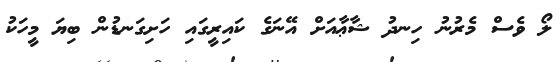
ލޯ ވެސް މެރުނު ހިނދު ޝާޢާއަށް އޭނަގެ ކައިރީގައި ހަށިގަނޑުން ބިޔަ މީހަކު